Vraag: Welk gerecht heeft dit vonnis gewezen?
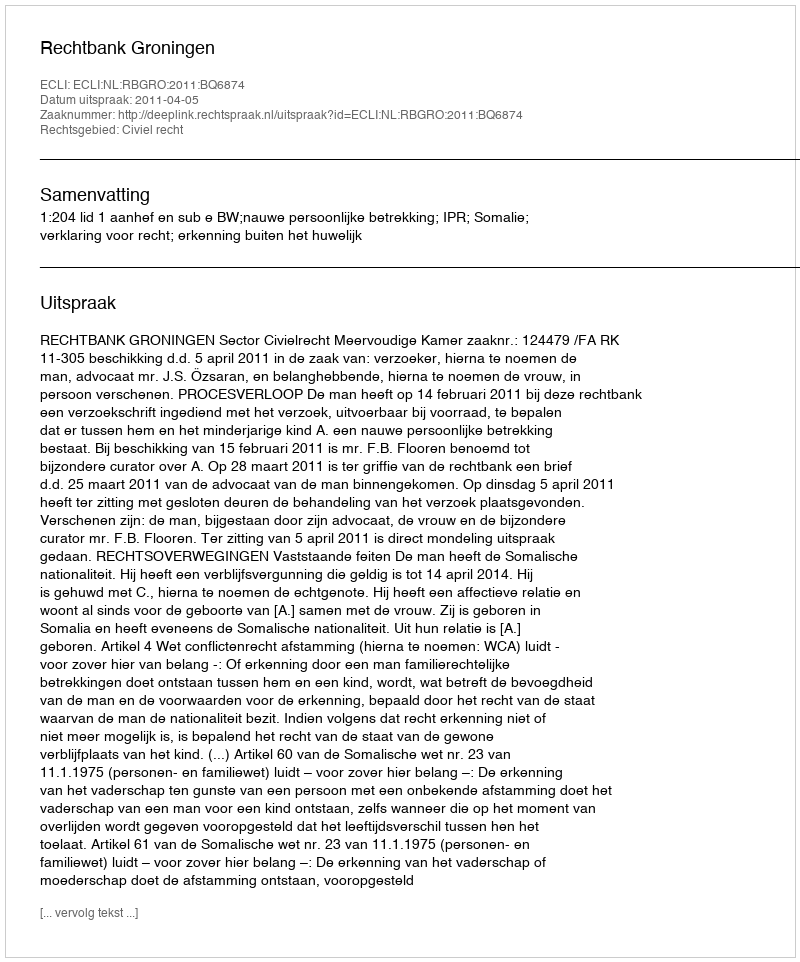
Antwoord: Rechtbank Groningen